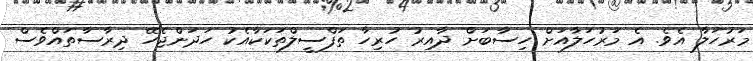
މަރުހަލާ އެވެ. އެ މަރުހަލާއަށް ހިސާބަށް ދާއިރު ހުރިހާ ތަފްސީލްތަކަކާއެކު ހަދަންޖެހޭ ދިރާސާތައްވެސް